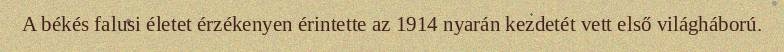
A békés falusi életet érzékenyen érintette az 1914 nyarán kezdetét vett első világháború.